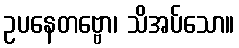
ဥပနေတဗ္ဗော၊ သိအပ်သော။